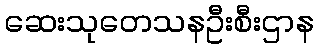
ဆေးသုတေသနဦးစီးဌာန